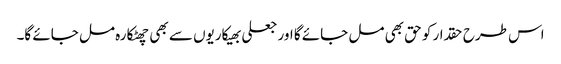
اس طرح حقدار کو حق بھی مل جائے گا اور جعلی بھیکاریوں سے بھی چھٹکارہ مل جائے گا۔